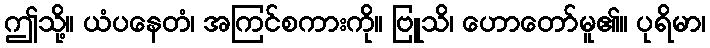
ဤသို့။ ယံပနေတံ၊ အကြင်စကားကို။ ဗြူသိ၊ ဟောတော်မူ၏။ ပုရိမာ၊